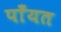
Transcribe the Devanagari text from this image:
पाँयत